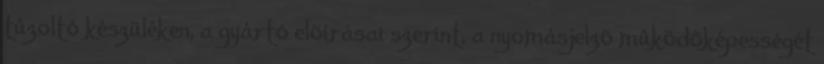
tûzoltó készüléken, a gyártó elõírásai szerint, a nyomásjelzõ mûködõképességét